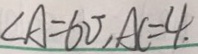
\angle A = 6 0 ^ { \circ } , A C = 4 .